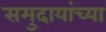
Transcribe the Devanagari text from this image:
समुदायांच्या